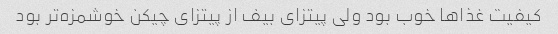
کیفیت غذاها خوب بود ولی پیتزای بیف از پیتزای چیکن خوشمزه‌تر بود